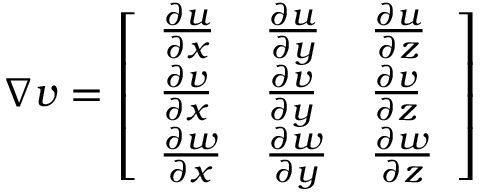
\begin{array} { r } { \nabla v = \left[ \begin{array} { l l l } { \frac { \partial u } { \partial x } } & { \frac { \partial u } { \partial y } } & { \frac { \partial u } { \partial z } } \\ { \frac { \partial v } { \partial x } } & { \frac { \partial v } { \partial y } } & { \frac { \partial v } { \partial z } } \\ { \frac { \partial w } { \partial x } } & { \frac { \partial w } { \partial y } } & { \frac { \partial w } { \partial z } } \end{array} \right] } \end{array}